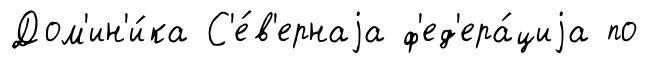
Дом'ин'и́ка С'е́в'ернаjа ф'ед'ера́циjа по